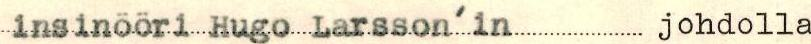
insinööri Hugo Larsson'in johdolla